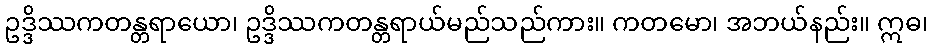
ဥဒ္ဒိဿကတန္တရာယော၊ ဥဒ္ဒိဿကတန္တရာယ်မည်သည်ကား။ ကတမော၊ အဘယ်နည်း။ ဣဓ၊